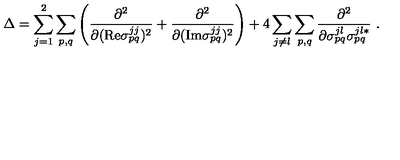
\Delta = \sum _ { j = 1 } ^ { 2 } \sum _ { p , q } \left( \frac { \partial ^ { 2 } } { \partial ( \mathrm { R e } \sigma _ { p q } ^ { j j } ) ^ { 2 } } + \frac { \partial ^ { 2 } } { \partial ( \mathrm { I m } \sigma _ { p q } ^ { j j } ) ^ { 2 } } \right) + 4 \sum _ { j \neq l } \sum _ { p , q } \frac { \partial ^ { 2 } } { \partial \sigma _ { p q } ^ { j l } \sigma _ { p q } ^ { j l * } } \ .